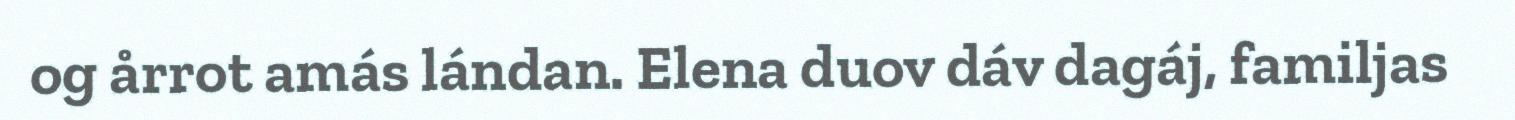
og årrot amás lándan. Elena duov dáv dagáj, familjas